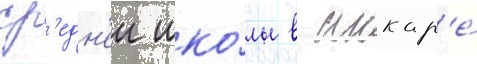
ср'едн'еи шко́лы в анкар'е́